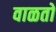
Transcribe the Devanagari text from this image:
वाळतो